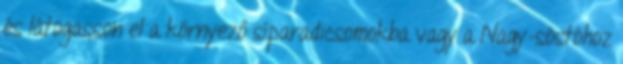
és látogasson el a környező síparadicsomokba vagy a Nagy-sóstóhoz